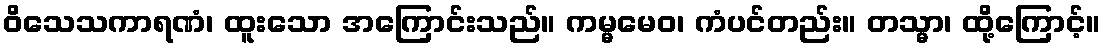
ဝိသေသကာရဏံ၊ ထူးသော အကြောင်းသည်။ ကမ္မမေဝ၊ ကံပင်တည်း။ တသ္မာ၊ ထို့ကြောင့်။